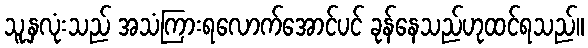
သူ့နှလုံးသည် အသံကြားရလောက်အောင်ပင် ခုန်နေသည်ဟုထင်ရသည်။